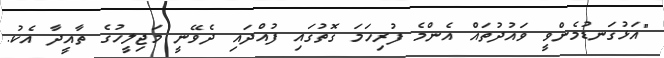
"އަޅުގަނޑުމެންވީ ވައުދުތައް އެންމެ ފުރިހަމަ ގޮތުގައި ފުއްދައި ދެވޭނީ މަޖިލީހުގެ ތާއީދާ އެކު.